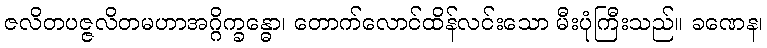
ဇလိတပဇ္ဇလိတမဟာအဂ္ဂိက္ခန္ဓော၊ တောက်လောင်ထိန်လင်းသော မီးပုံကြီးသည်။ ခဏေန၊